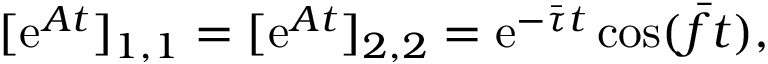
[ \mathrm { e } ^ { \boldsymbol { A } t } ] _ { 1 , 1 } = [ \mathrm { e } ^ { \boldsymbol { A } t } ] _ { 2 , 2 } = \mathrm { e } ^ { - \bar { \tau } t } \cos ( \bar { f } t ) ,